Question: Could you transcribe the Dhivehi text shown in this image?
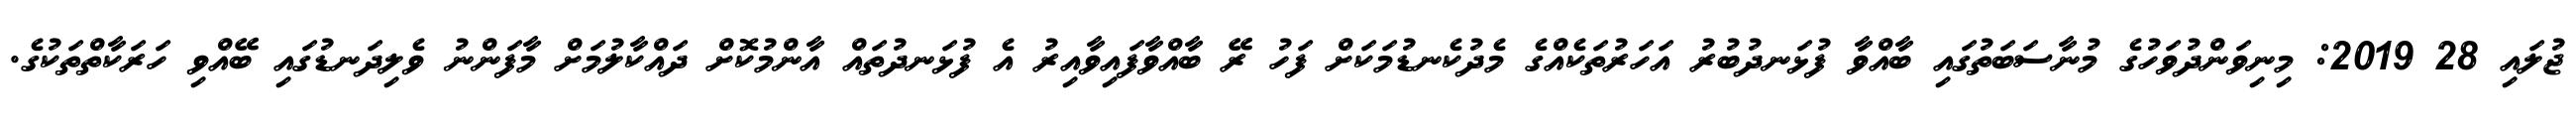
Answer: ޖުލައި 28 2019: މިނިވަންދުވަހުގެ މުނާސަބަތުގައި ބާއްވާ ފުޅަނދުބުރު އަހަރުތަކެއްގެ މެދުކެނޑުމަކަށް ފަހު ރޭ ބާއްވާފައިވާއިރު އެ ފުޅަނދުތައް އާންމުކޮށް ދައްކާލުމަށް މާފަންނު ވެލިދަނޑުގައި ބޭއްވި ހަރަކާތްތަކުގެ.